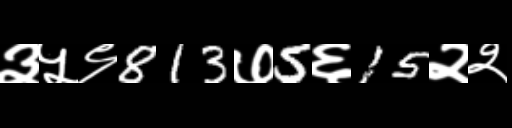
Text: ३५९813७5६15२२